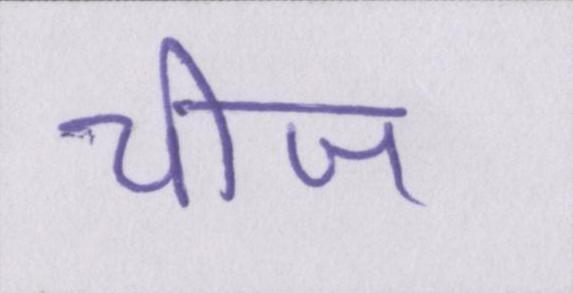
चीज